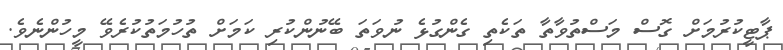
ޕާޓީކުރުމަށް ގޮސް މަސްތުވާތާ ތަކެތި ގެންގުޅެ ނުވަތަ ބޭނުންކުރި ކަމަށް ތުހުމަތުކުރެވޭ މީހުންނެވެ.